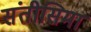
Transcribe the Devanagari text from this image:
संतीसिमा